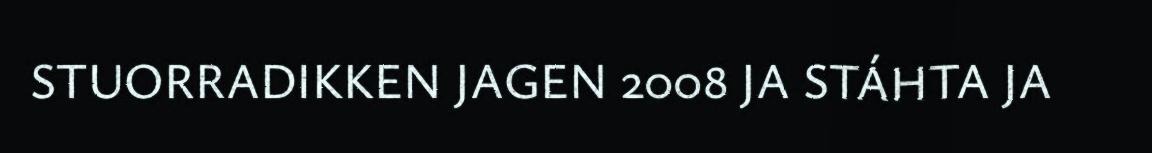
STUORRADIKKEN JAGEN 2008 JA STÁHTA JA